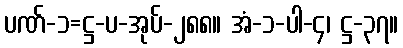
ပဏ်-၁=ဋ္ဌ-ပ-အုပ်-၂၈၈။ အံ-၁-ပါ-၄၊ ဋ္ဌ-၃၇။